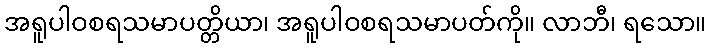
အရူပါဝစရသမာပတ္တိယာ၊ အရူပါဝစရသမာပတ်ကို။ လာဘီ၊ ရသော။